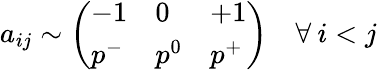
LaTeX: a_{ij}\sim\left(\begin{array}{lll}{-1}&{0}&{+1}\\ {p^{-}}&{p^{0}}&{p^{+}}\end{array}\right)\quad\forall\: i<j